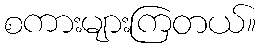
စကားများကြတယ်။